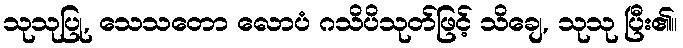
သုသုပြု, သေသတော လောပံ ဂသိပိသုတ်ဖြင့် သိချေ, သုသု ပြီး၏။